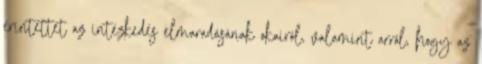
érintettet az intézkedés elmaradásának okairól, valamint arról, hogy az